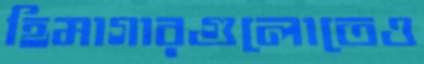
হিমাগারগুলোতেও